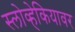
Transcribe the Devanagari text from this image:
स्लोव्हेकियावर